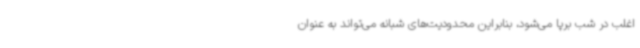
اغلب در شب برپا می‌شود، بنابراین محدودیت‌های شبانه می‌تواند به عنوان